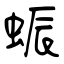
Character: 蜄